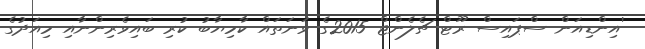
'އިންޑިއަން ސްޕައިސް ރޫޓް ޗެލެންޖް 2015ގެ ވަނަތައް ކާމިޔާބު ކުރި ބައިވެރިންނާއި މިއަދުގެ